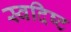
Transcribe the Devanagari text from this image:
स्वदिष्ट